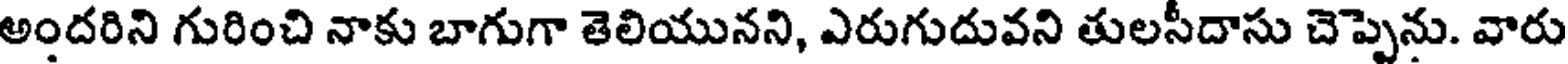
అందరిని గురించి నాకు బాగుగా తెలియునని, ఎరుగుదువని తులసీదాసు చెప్పెను. వారు